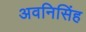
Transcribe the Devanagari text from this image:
अवनिसिंह